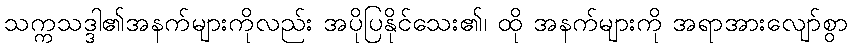
သက္ကသဒ္ဒါ၏အနက်များကိုလည်း အပိုပြနိုင်သေး၏၊ ထို အနက်များကို အရာအားလျော်စွာ